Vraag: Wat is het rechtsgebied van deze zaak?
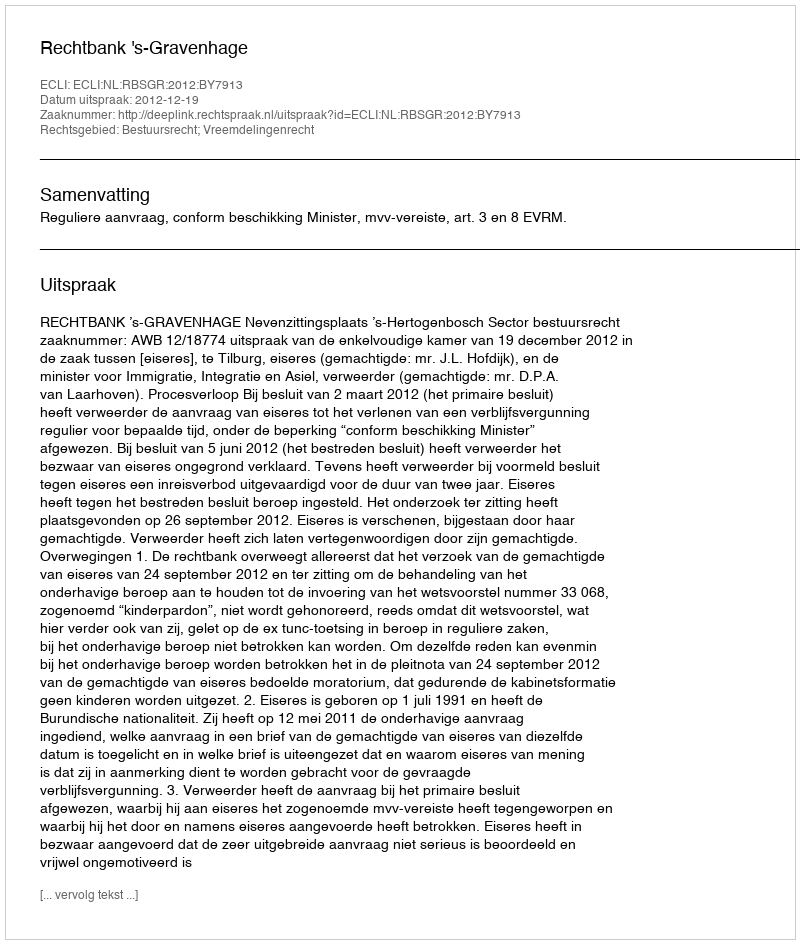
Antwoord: Bestuursrecht; Vreemdelingenrecht